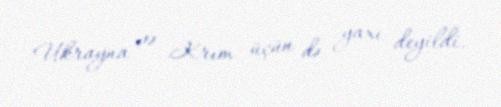
Ukrayna və Krım üçün də yaxı deyildi.